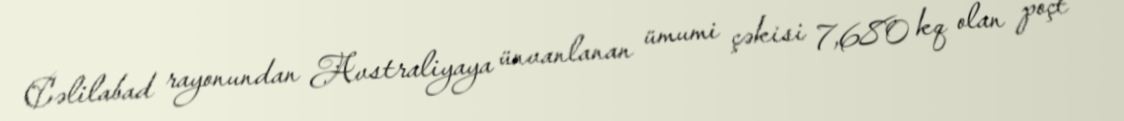
Cəlilabad rayonundan Avstraliyaya ünvanlanan ümumi çəkisi 7,680 kq olan poçt